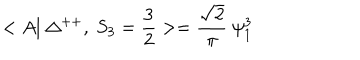
< A | ~ \Delta ^ { + + } , ~ S _ { 3 } = \frac { 3 } { 2 } > = \frac { \sqrt { 2 } } { \pi } ~ \psi _ { 1 } ^ { 3 }